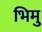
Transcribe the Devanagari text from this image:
भिमु